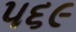
૫૬૯